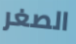
الصغر